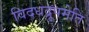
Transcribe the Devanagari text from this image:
विदधद्रूपमेति